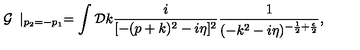
{ \cal G } \frac { } { } \mid _ { p _ { 2 } = - p _ { 1 } } = \int { \cal D } k \frac { i } { [ - ( p + k ) ^ { 2 } - i \eta ] ^ { 2 } } \frac { 1 } { ( - k ^ { 2 } - i \eta ) ^ { - \frac { 1 } { 2 } + \frac { \epsilon } { 2 } } } ,